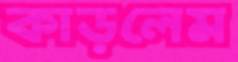
কাড়লেম